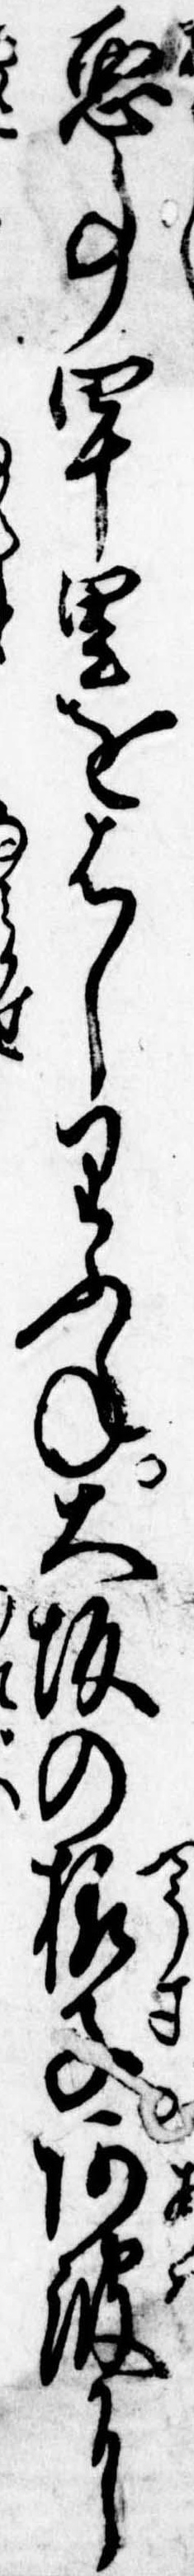
悪事四十里をはしりふね大坂の様子阿波に